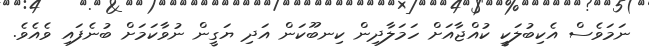
ނަމަވެސް އެކިބުލަކީ ކުއްޖާއަށް ހަމަލާދިން ކިނބޫކަން އަދި ޔަގީން ނުވާކަމަށް ބުނެފައި ވެއެވެ.